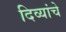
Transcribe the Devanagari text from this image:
दिव्यांचे